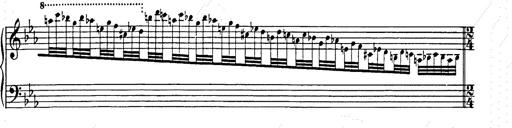
Title: Hungarian Rhapsody No.9
Composer: Franz Liszt
Key: E-flat major